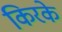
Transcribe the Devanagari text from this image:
किरके